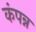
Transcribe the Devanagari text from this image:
कंपन्न